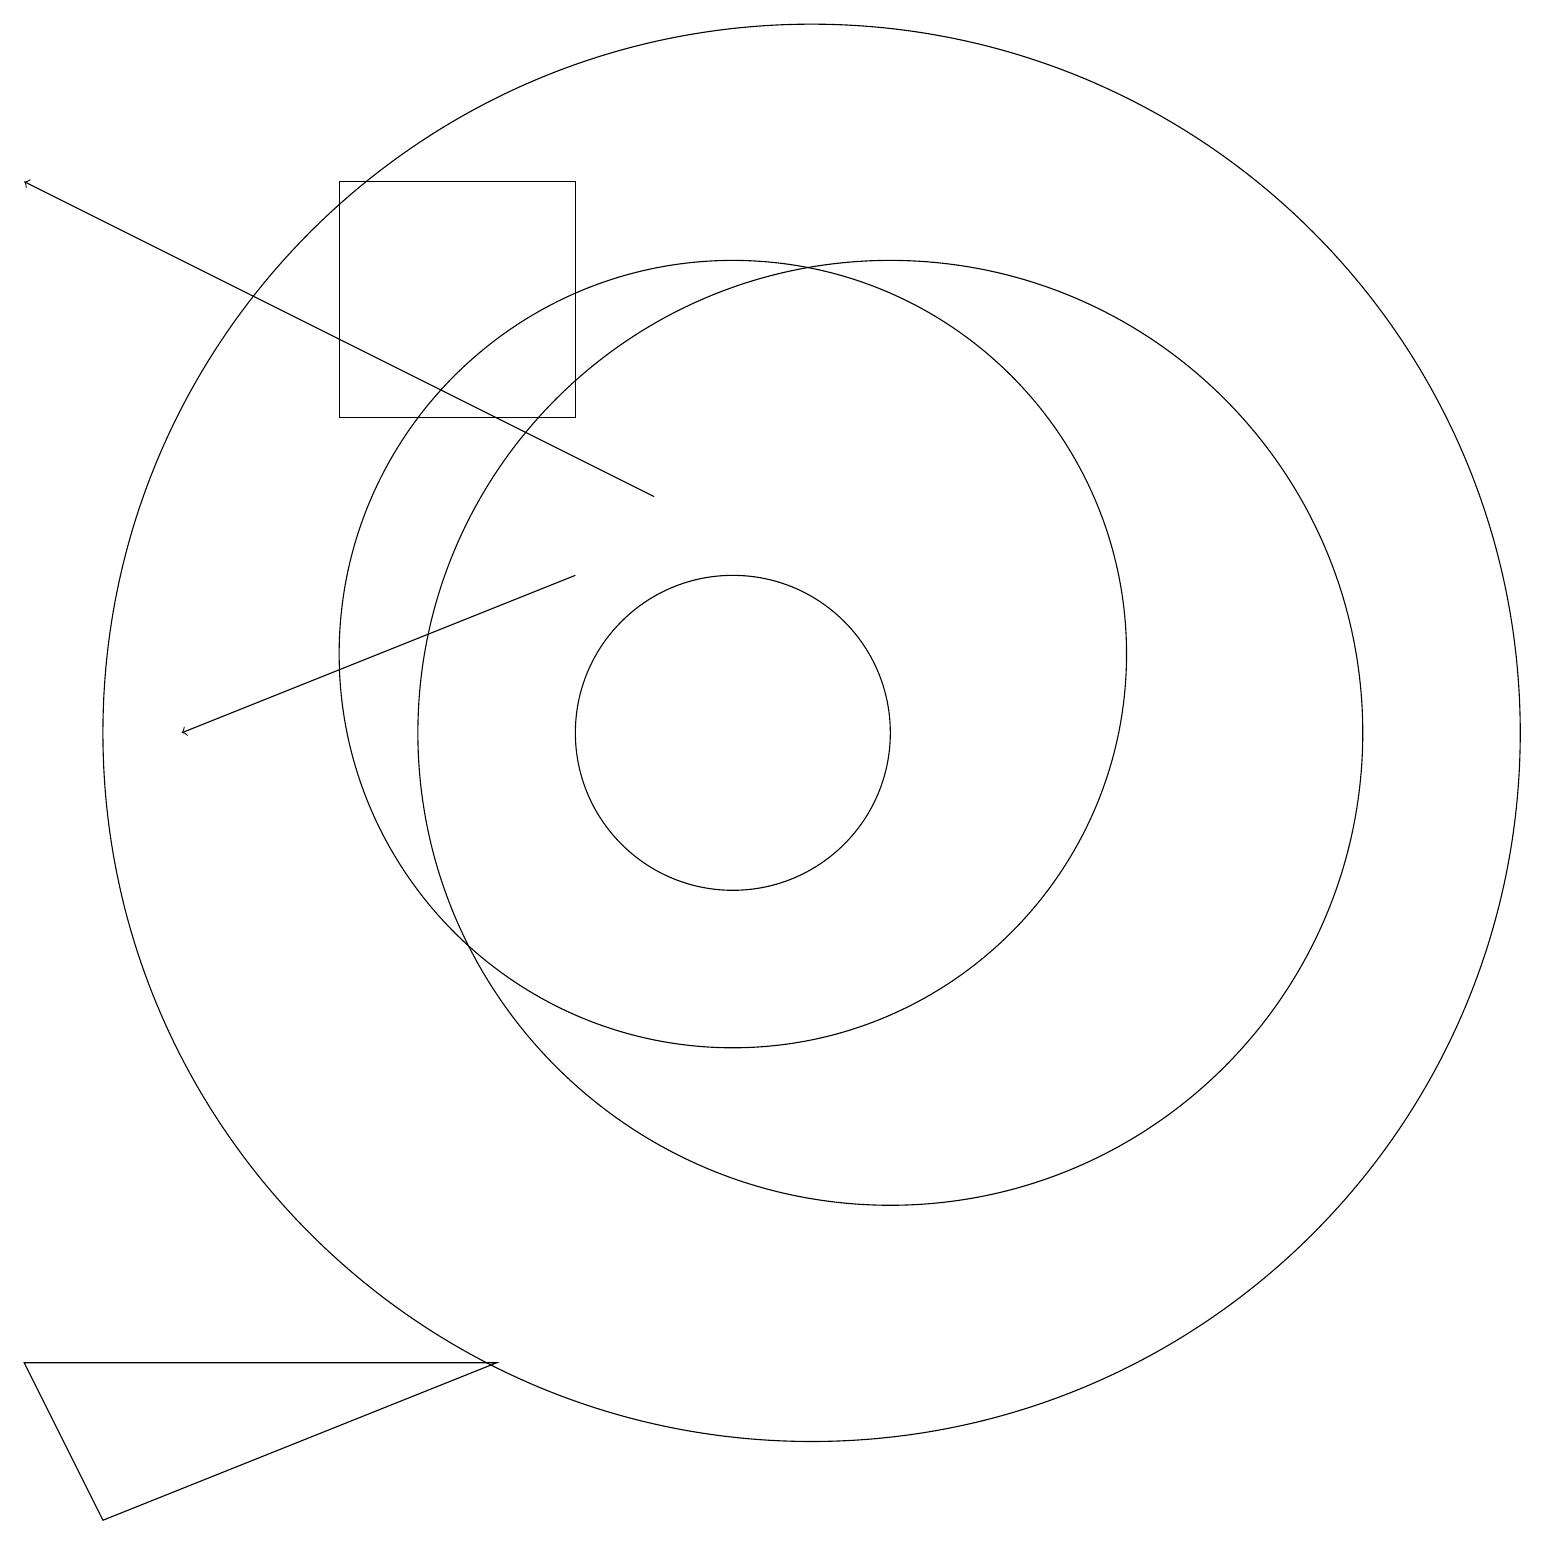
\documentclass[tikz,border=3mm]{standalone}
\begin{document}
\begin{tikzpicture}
\draw (11,10) circle (9);
\draw[->] (9,13) -- (1,17);
\draw (7,2) -- (1,2) -- (2,0) -- cycle;
\draw (10,11) circle (5);
\draw (12,10) circle (6);
\draw[->] (8,12) -- (3,10);
\draw (5,14) rectangle (8,17);
\draw (10,10) circle (2);
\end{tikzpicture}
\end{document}